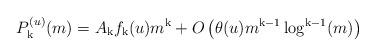
LaTeX: \begin{align*}P_{\mathrm{k}}^{(u)}(m)=A_{\mathrm{k}} f_{\mathrm{k}}(u) m^{\mathrm{k}}+O\left(\theta(u)m^{{\mathrm{k}}-1}\log^{{\mathrm{k}}-1}(m)\right)\end{align*}